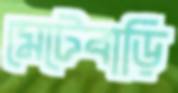
মেটেবাড়ি